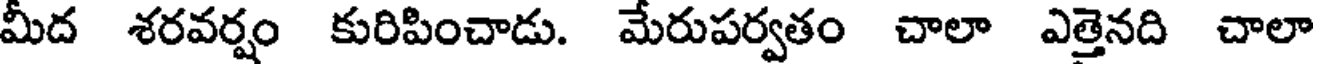
మీద శరవర్షం కురిపించాడు. మేరుపర్వతం చాలా ఎత్తెనది చాలా